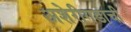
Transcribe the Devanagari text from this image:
अशेरीगडाची